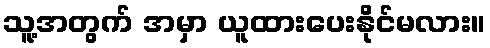
သူ့အတွက် အမှာ ယူထားပေးနိုင်မလား။